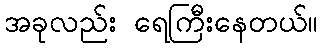
အခုလည်း ရေကြီးနေတယ်။